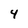
Character: 4